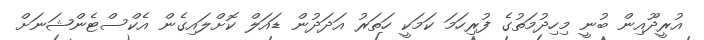
އުރީދޫއިން ބުނީ މިހިދުމަތުގެ ފުރިހަމަ ކަމަކީ ހަތަރު އަދަދުން ޑައަލް ކޮށްލައިގެން އެކްސްޓެންޝަނަށް